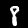
Label: 8